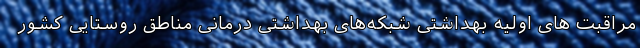
مراقبت های اولیه بهداشتی شبکه‌های بهداشتی درمانی مناطق روستایی کشور